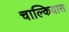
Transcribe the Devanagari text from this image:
चाल्कियास